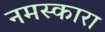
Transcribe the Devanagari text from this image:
नमस्कारा